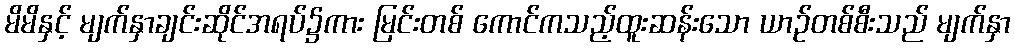
မိမိနှင့် မျက်နှာချင်းဆိုင်အရပ်၌ကား မြင်းတစ် ကောင်ကသည့်ထူးဆန်းသော ယာဉ်တစ်စီးသည် မျက်နှာ